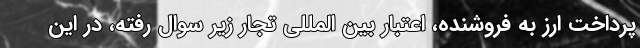
پرداخت ارز به فروشنده، اعتبار بین المللی تجار زیر سوال رفته، در این